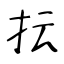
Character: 抎